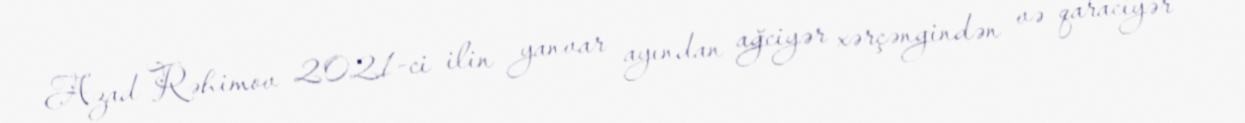
Azad Rəhimov 2021-ci ilin yanvar ayından ağciyər xərçəngindən və qaraciyər